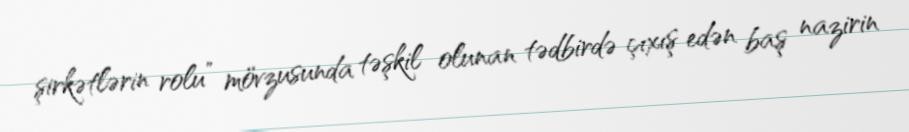
şirkətlərin rolu” mövzusunda təşkil olunan tədbirdə çıxış edən baş nazirin